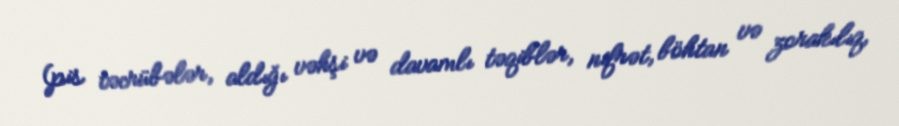
(pis təcrübələr, aldığı vəhşi və davamlı təqiblər, nifrət, böhtan və zorakılıq,